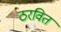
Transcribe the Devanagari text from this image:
ठरवित